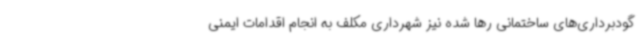
گودبرداری‌های ساختمانی رها شده نیز شهرداری مکلف به انجام اقدامات ایمنی